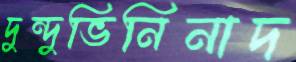
দুন্দুভিনিনাদ